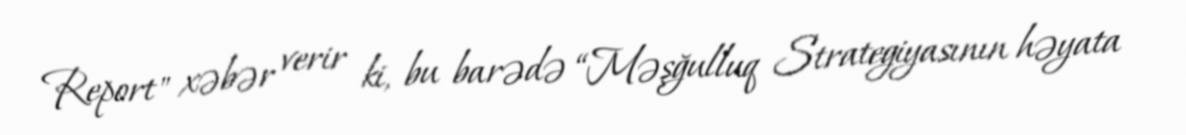
Report" xəbər verir ki, bu barədə “Məşğulluq Strategiyasının həyata